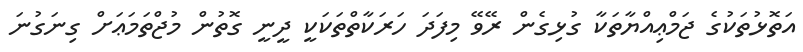
އަތޮޅުތަކުގެ ޖަމްޢިއްޔާތަކާ ގުޅިގެން ރޭވޭ މިފަދަ ހަރަކާތްތަކަކީ ދީނީ ގޮތުން މުޖްތަމަޢަށް ގިނަގުނަ